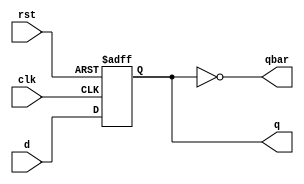
`timescale 1ns / 1ps
// for 4-Bit we need 4 F-F
module dff(q, qbar, clk, rst, d);
    output reg q;      // k q, bir flip-flop'un deerini temsil eder.
    output qbar;       // qbar, q'nun tamamlaycsdr.

    input clk, rst;    // clk: Saat girii, rst: Sfrlama girii
    input d;           // d: Giri verisi

    assign qbar = ~q;  // qbar, q'nun tumleyeni

    always @(posedge clk, posedge rst)
    begin
        if (rst)        // Eer sfrlama etkinse
            q <= 0;     // q'y sfrla
        else
            q <= d;     // Aksi takdirde giri verisini q'ya ata
    end
endmodule

module down_counter(count, countbar, clk, rst);
    input clk, rst;           // clk: Saat girii, rst: Sfrlama girii
    output [3:0] count, countbar; // 4-bit geniliinde count ve countbar klar

    // Drt flip-flop'u daisy-chain (zincirleme) ile birbirine baglanmasi
    dff dff1(count[0], countbar[0], clk, rst, countbar[0]);
    dff dff2(count[1], countbar[1], count[0], rst, countbar[1]);
    dff dff3(count[2], countbar[2], count[1], rst, countbar[2]);
    dff dff4(count[3], countbar[3], count[2], rst, countbar[3]);
endmodule